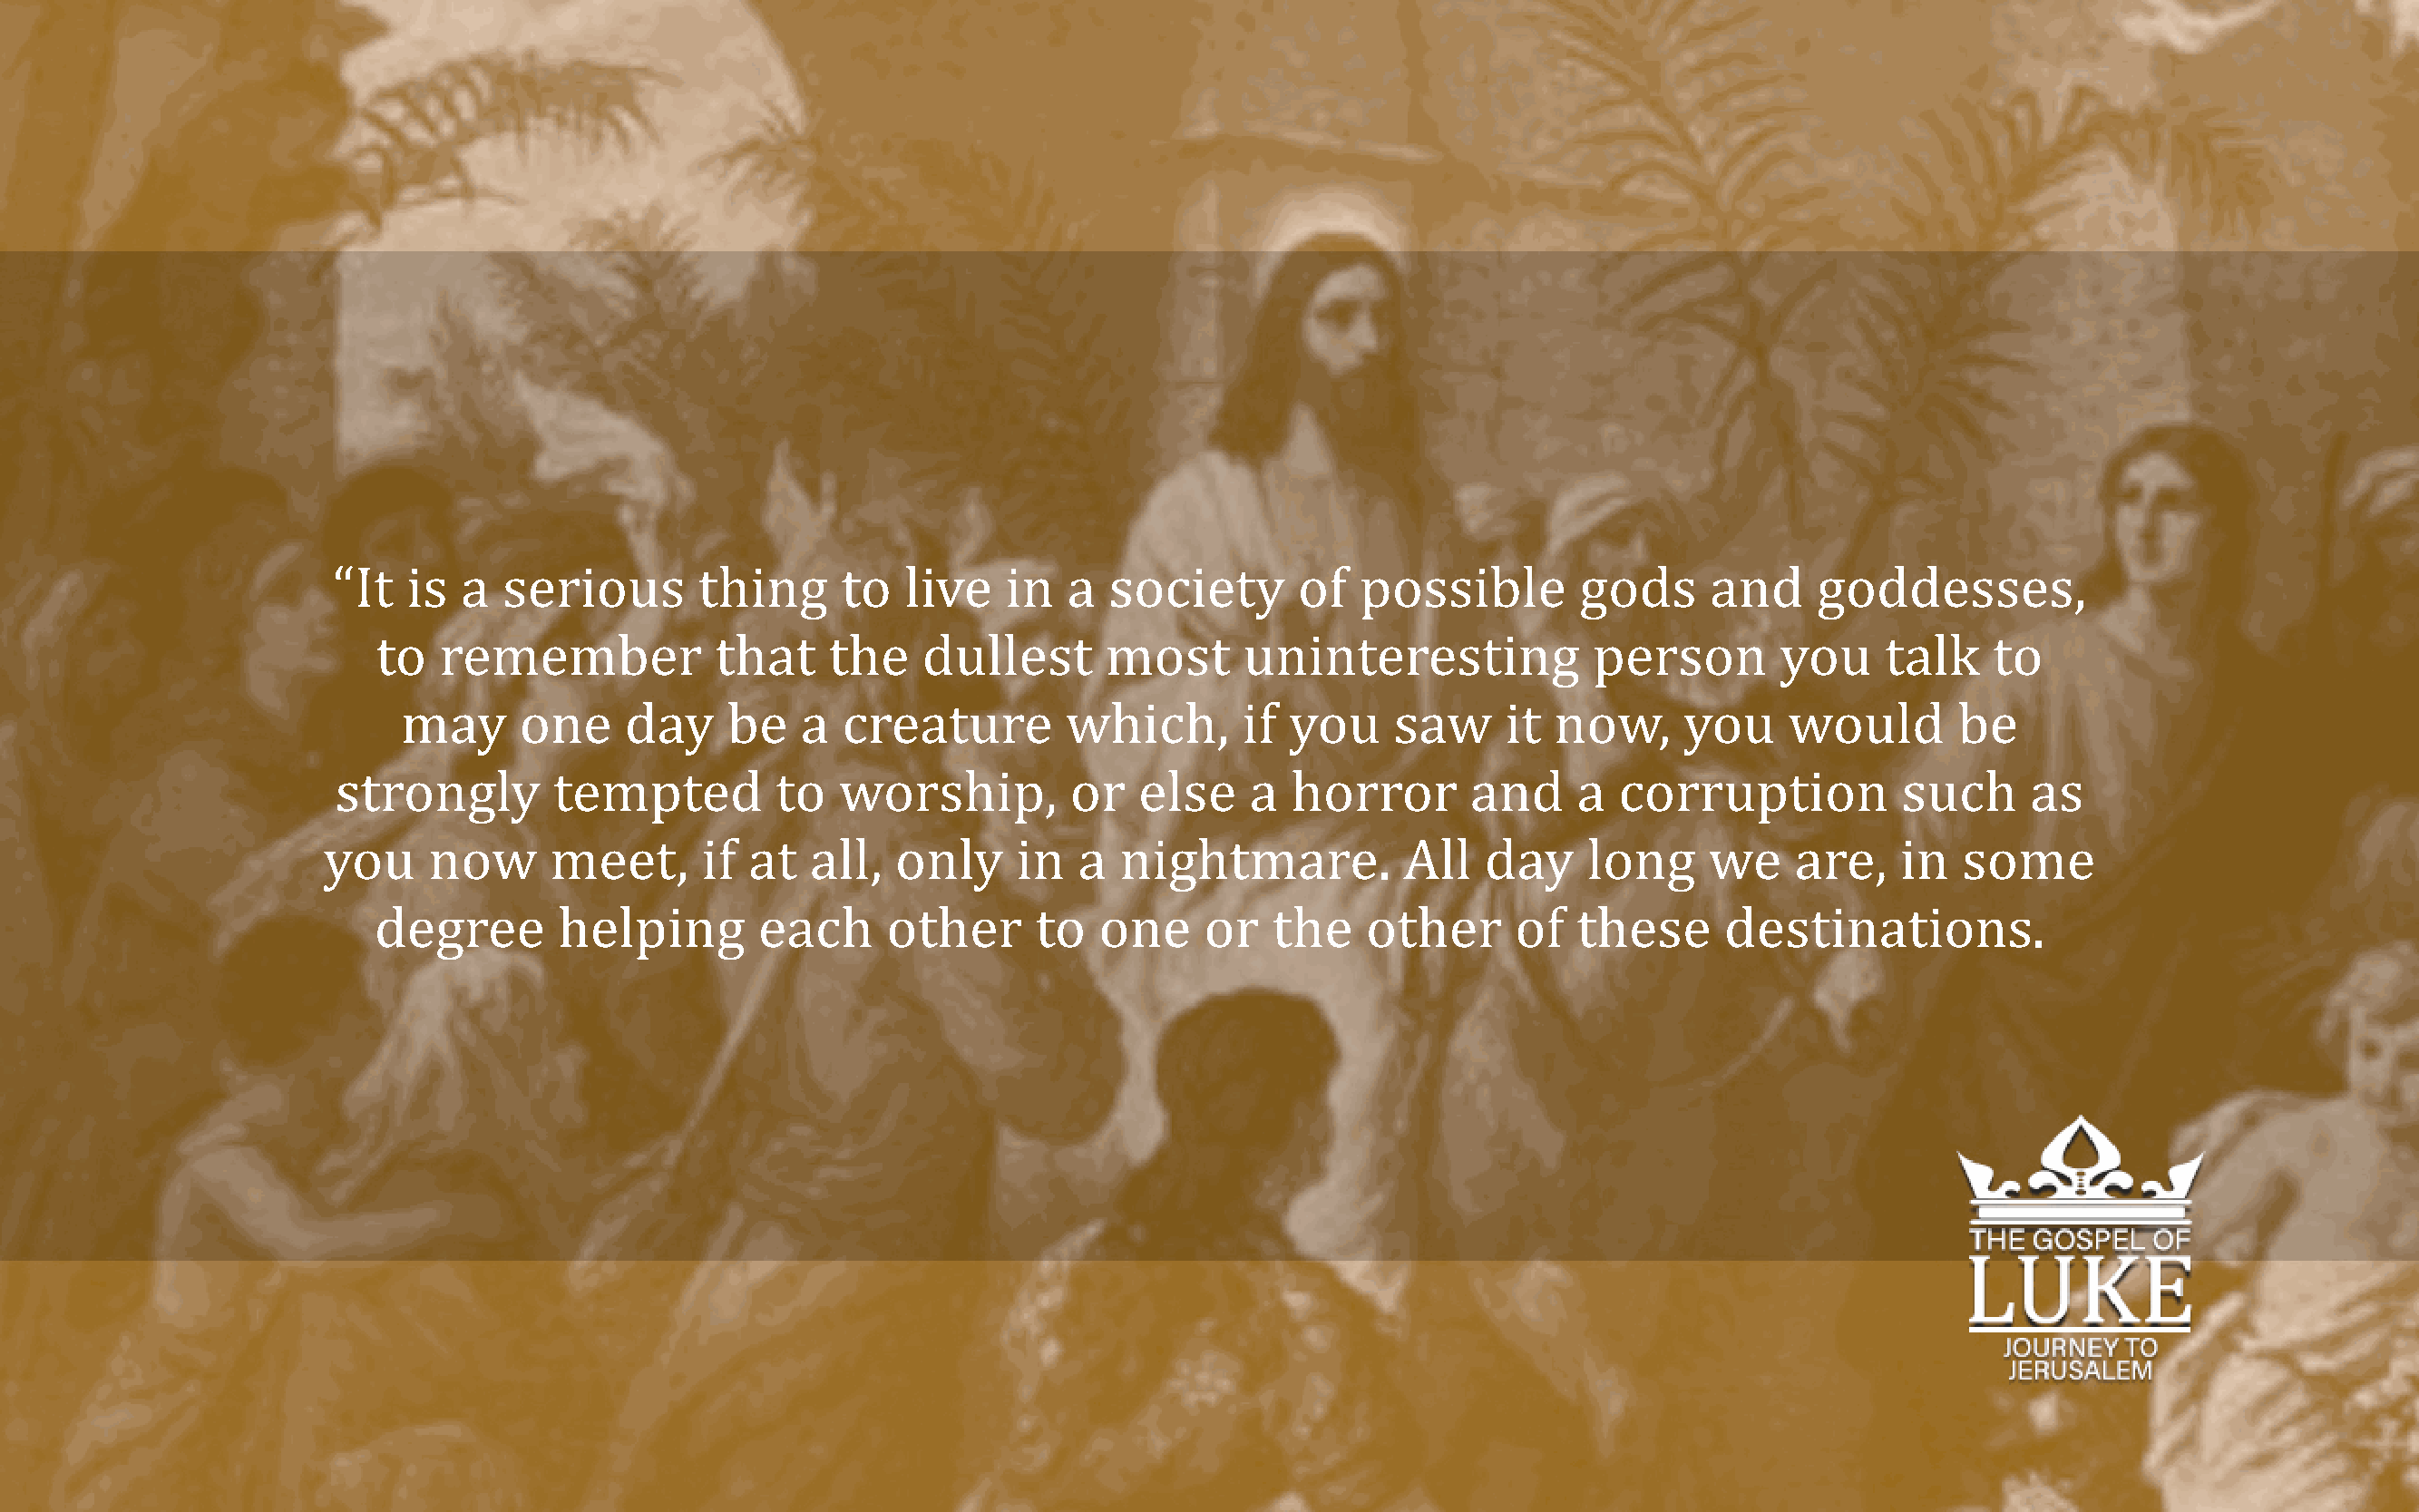
“It   is  a  serious       thing     to   live   in   a  society       of  possible        gods      and     goddesses,
 to   remember            that    the    dullest       most      uninteresting            person        you     talk   to
 may      one     day    be   a  creature         which,       if you     saw     it now,      you     would       be
 strongly        tempted          to  worship,         or   else    a  horror       and     a  corruption           such     as
 you    now      meet,      if  at  all,  only     in   a  nightmare.          All   day     long     we    are,    in  some
 degree        helping       each      other      to  one     or   the    other      of  these      destinations.